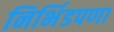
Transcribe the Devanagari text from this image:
निर्भिडपणा